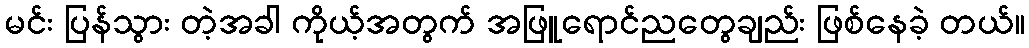
မင်း ပြန်သွား တဲ့အခါ ကိုယ့်အတွက် အဖြူရောင်ညတွေချည်း ဖြစ်နေခဲ့ တယ်။